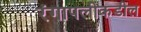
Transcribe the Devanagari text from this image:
रंगापलीकडील